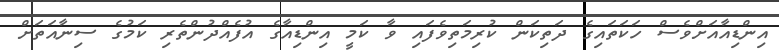
އިންޑިއާއަށްވެސް ހަކަތައިގެ ދަތިކަން ކުރިމަތިވެފައި ވާ ކަމީ އިންޑިއާގެ އުފެއްދުންތެރި ކަމުގެ ސިނާއަތަށް